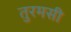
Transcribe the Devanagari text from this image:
तुरमसी